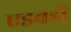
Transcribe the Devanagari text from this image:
एडवर्डो